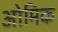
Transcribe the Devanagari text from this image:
ओमिक